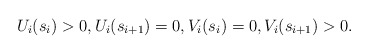
\begin{align*}U_i(s_i)>0, U_i(s_{i+1})=0, V_i(s_i)=0, V_i(s_{i+1})>0. \end{align*}